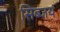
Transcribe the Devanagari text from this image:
सिब्जयं